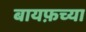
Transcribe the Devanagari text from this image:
बायफ़च्या